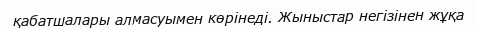
қабатшалары алмасуымен көрінеді. Жыныстар негізінен жұқа